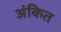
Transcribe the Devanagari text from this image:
अंकित